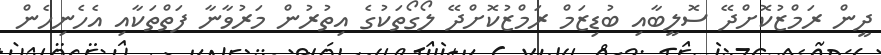
ދީން ރަމްޒުކޮށްދޭ ސޮލީބާއި ބުޑިޒަމް ރަމްޒުކޮށްދޭ ލޯގޯތަކުގެ އިތުރުން މަރުވާނާ ފަތްތަކާއި އެހެނިހެން